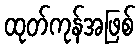
ထုတ်ကုန်အဖြစ်